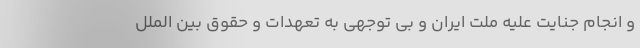
و انجام جنایت علیه ملت ایران و بی توجهی به تعهدات و حقوق بین الملل